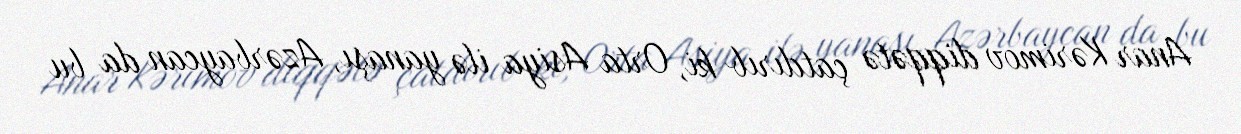
Anar Kərimov diqqətə çatdırıb ki, Orta Asiya ilə yanaşı, Azərbaycan da bu